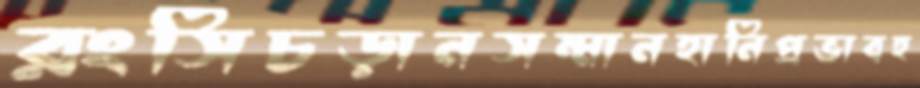
রংসিচড়ানসম্মানহানিপ্রভাবহ